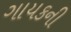
ગાયકની